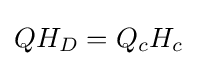
QH_{D}=Q_{c}H_{c}